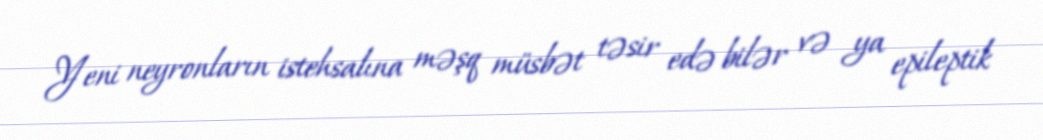
Yeni neyronların istehsalına məşq müsbət təsir edə bilər və ya epileptik